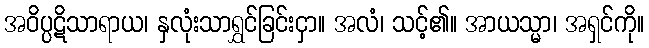
အဝိပ္ပဋိသာရာယ၊ နှလုံးသာရွှင်ခြင်းငှာ။ အလံ၊ သင့်၏။ အာယသ္မာ၊ အရှင်ကို။